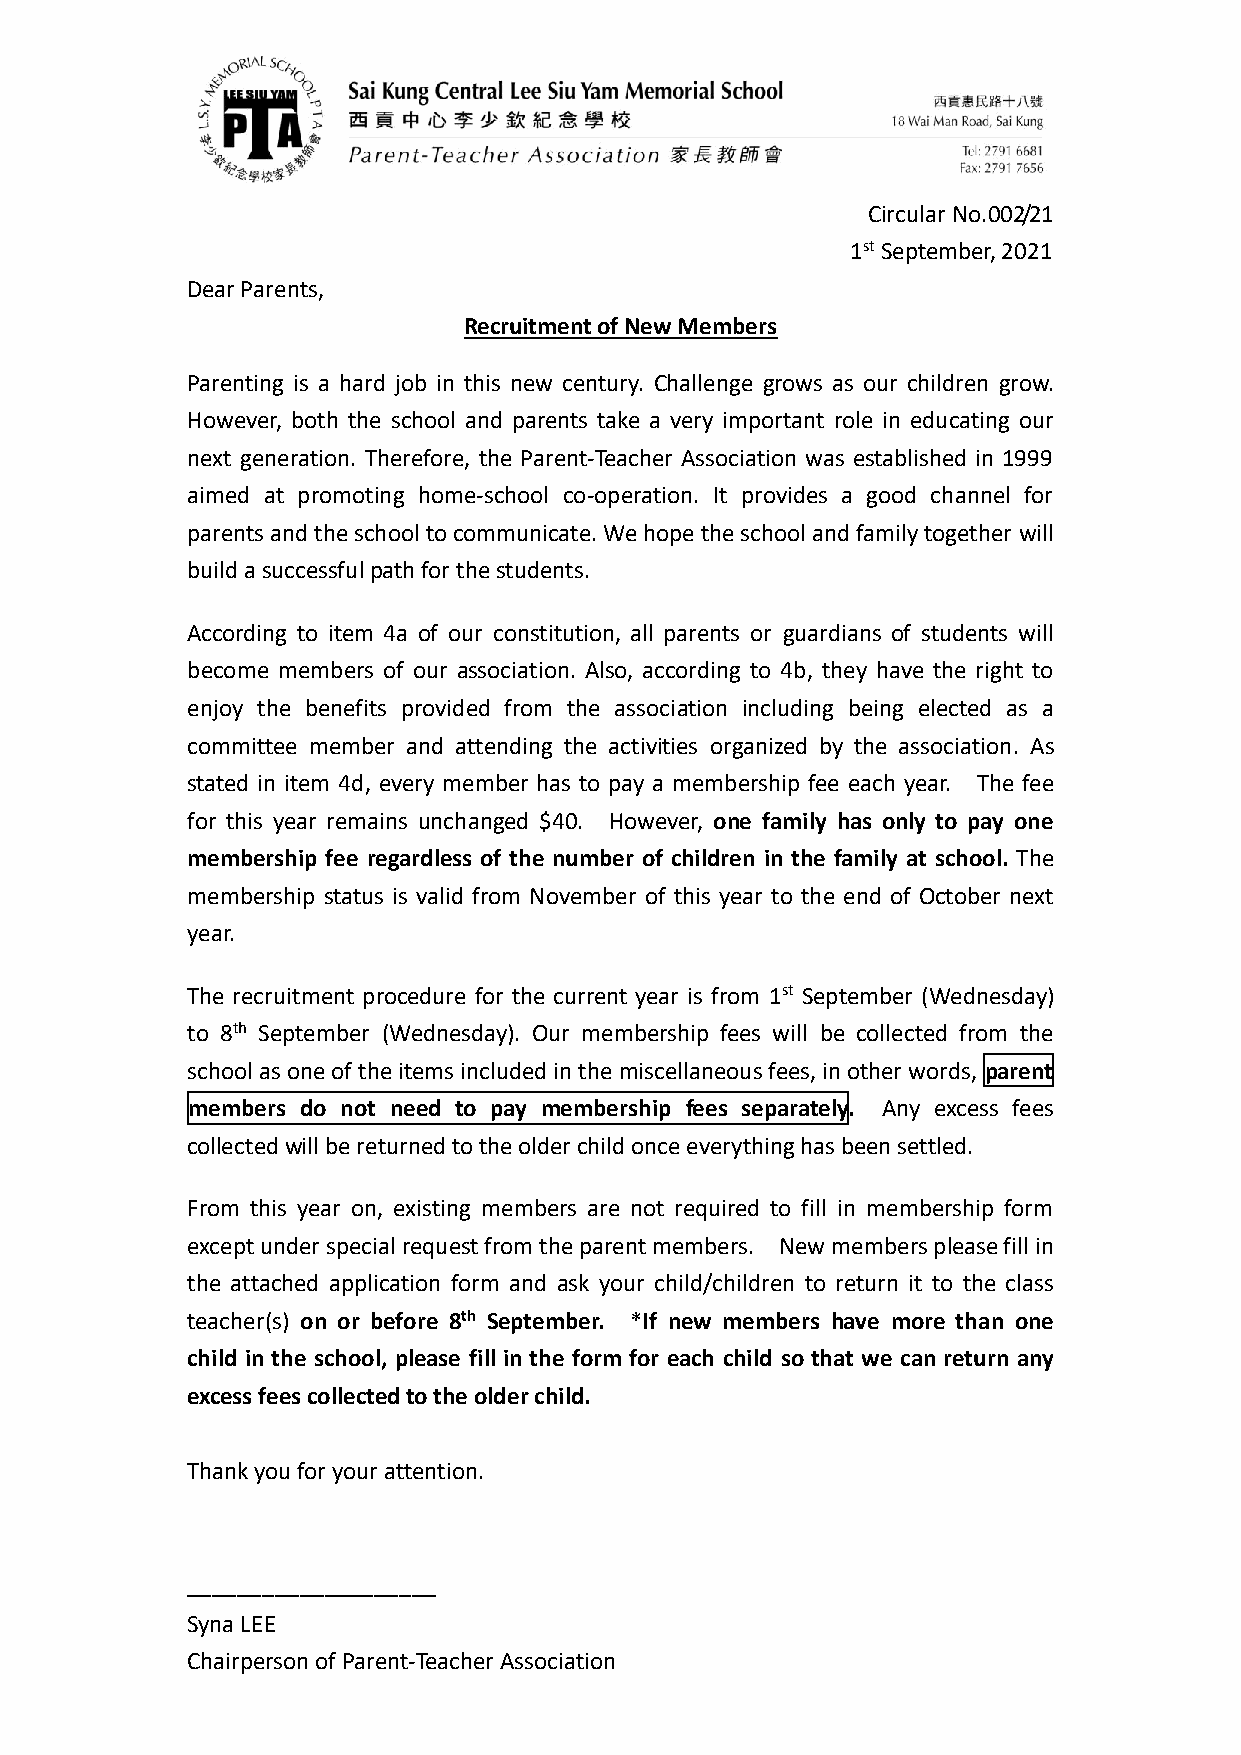
Circular No.002/21
 1st September, 2021
 Dear Parents,
 Recruitment of New Members
 Parenting is a hard job in this new century. Challenge grows as our children grow.
 However, both the school and parents take a very important role in educating our
 next generation. Therefore, the Parent-Teacher Association was established in 1999
 aimed at promoting home-school co-operation. It provides a good channel for
 parents and the school to communicate. We hope the school and family together will
 build a successful path for the students.
 According to item 4a of our constitution, all parents or guardians of students will
 become members of our association. Also, according to 4b, they have the right to
 enjoy the benefits provided from the association including being elected as a
 committee member and attending the activities organized by the association. As
 stated in item 4d, every member has to pay a membership fee each year. The fee
 for this year remains unchanged $40. However, one family has only to pay one
 membership fee regardless of the number of children in the family at school. The
 membership status is valid from November of this year to the end of October next
 year.
 The recruitment procedure for the current year is from 1st September (Wednesday)
 to 8th September (Wednesday). Our membership fees will be collected from the
 school as one of the items included in the miscellaneous fees, in other words, parent
 members do not need to pay membership fees separately. Any excess fees
 collected will be returned to the older child once everything has been settled.
 From this year on, existing members are not required to fill in membership form
 except under special request from the parent members. New members please fill in
 the attached application form and ask your child/children to return it to the class
 teacher(s) on or before 8th September. *If new members have more than one
 child in the school, please fill in the form for each child so that we can return any
 excess fees collected to the older child.
 Thank you for your attention.
 ____________________
 Syna LEE
 Chairperson of Parent-Teacher Association